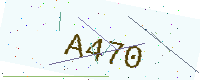
Text: A470